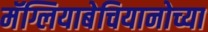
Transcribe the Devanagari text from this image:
मॅग्लियाबेचियानोच्या